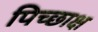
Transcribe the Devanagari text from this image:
पिच्छाक्ष